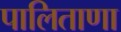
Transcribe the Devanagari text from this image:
पालिताणा